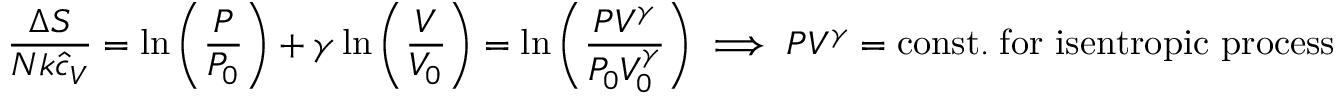
{ \frac { \Delta S } { N k { \hat { c } } _ { V } } } = \ln \left( { \frac { P } { P _ { 0 } } } \right) + \gamma \ln \left( { \frac { V } { V _ { 0 } } } \right) = \ln \left( { \frac { P V ^ { \gamma } } { P _ { 0 } V _ { 0 } ^ { \gamma } } } \right) \implies P V ^ { \gamma } = \mathrm { c o n s t . } \; { \mathrm { f o r ~ i s e n t r o p i c ~ p r o c e s s } }